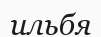
ильбя